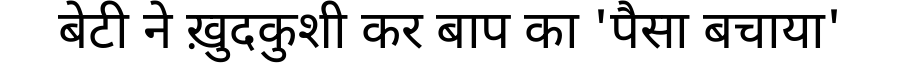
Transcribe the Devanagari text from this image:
बेटी ने ख़ुदकुशी कर बाप का 'पैसा बचाया'